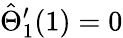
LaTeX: \hat{\Theta}_{1}^{\prime}(1)=0